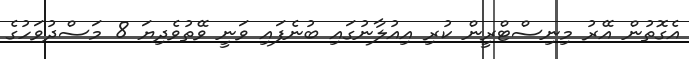
އެގޮތުން އޭރު މިނިސްޓްރީން ކުރި އިއުލާނުގައި ބުނެފައި ވަނީ ވޭތުވެދިޔަ 8 މަސްދުވަހުގެ